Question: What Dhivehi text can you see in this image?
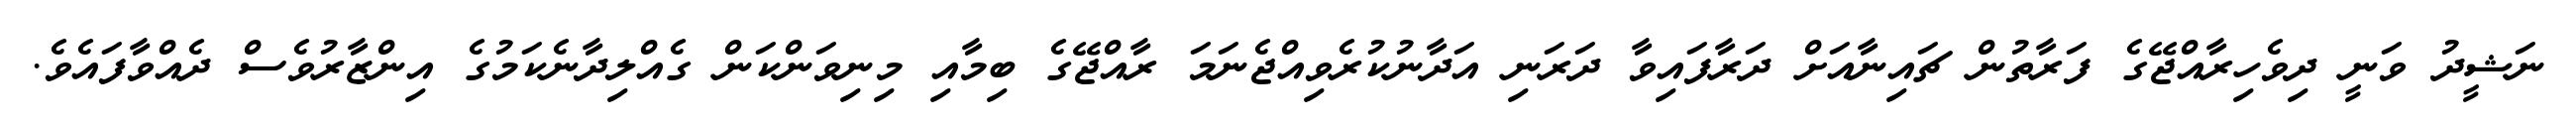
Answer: ނަޝީދު ވަނީ ދިވެހިރާއްޖޭގެ ފަރާތުން ޗައިނާއަށް ދަރާފައިވާ ދަރަނި އަދާނުކުރެވިއްޖެނަމަ ރާއްޖޭގެ ބިމާއި މިނިވަންކަން ގެއްލިދާނެކަމުގެ އިންޒާރުވެސް ދެއްވާފައެވެ.